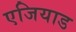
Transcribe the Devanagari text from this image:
एजियाड